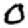
Digit: 0